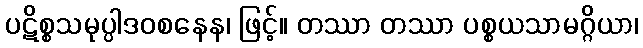
ပဋိစ္စသမုပ္ပါဒဝစနေန၊ ဖြင့်။ တဿာ တဿာ ပစ္စယသာမဂ္ဂိယာ၊